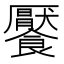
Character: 饜